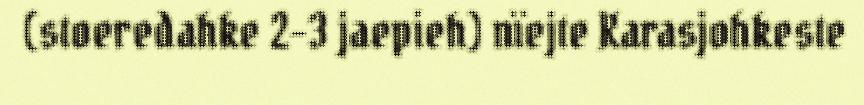
(stoeredahke 2-3 jaepieh) nïejte Karasjohkeste